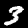
Digit: 3